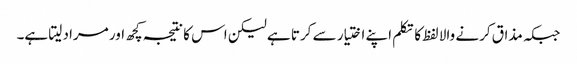
جبکہ مذاق کرنے والا لفظ کا تکلم اپنے اختیار سے کرتا ہے لیکن اس کا نتیجہ کچھ اور مراد لیتا ہے۔